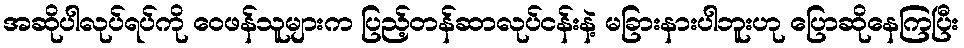
အဆိုပါလုပ်ရပ်ကို ဝေဖန်သူများက ပြည့်တန်ဆာလုပ်ငန်းနဲ့ မခြားနားပါဘူးဟု ပြောဆိုနေကြပြီး